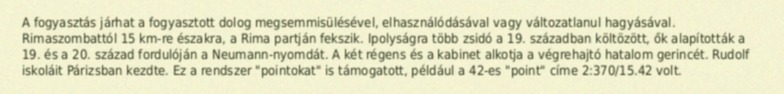
A fogyasztás járhat a fogyasztott dolog megsemmisülésével, elhasználódásával vagy változatlanul hagyásával. Rimaszombattól 15 km-re északra, a Rima partján fekszik. Ipolyságra több zsidó a 19. században költözött, ők alapították a 19. és a 20. század fordulóján a Neumann-nyomdát. A két régens és a kabinet alkotja a végrehajtó hatalom gerincét. Rudolf iskoláit Párizsban kezdte. Ez a rendszer "pointokat" is támogatott, például a 42-es "point" címe 2:370/15.42 volt.